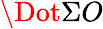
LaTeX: \Dot{\Sigma}O